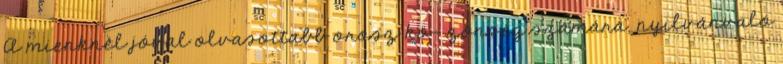
A mienknél jóval olvasottabb orosz kö- zönség számára, nyilvánvaló